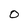
Character: 0